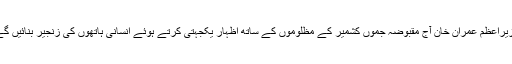
وزیراعظم عمران خان آج مقبوضہ جموں کشمیر کے مظلوموں کے ساتھ اظہار یکجہتی کرتے ہوئے انسانی ہاتھوں کی زنجیر بنائیں گے۔